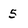
Character: 5